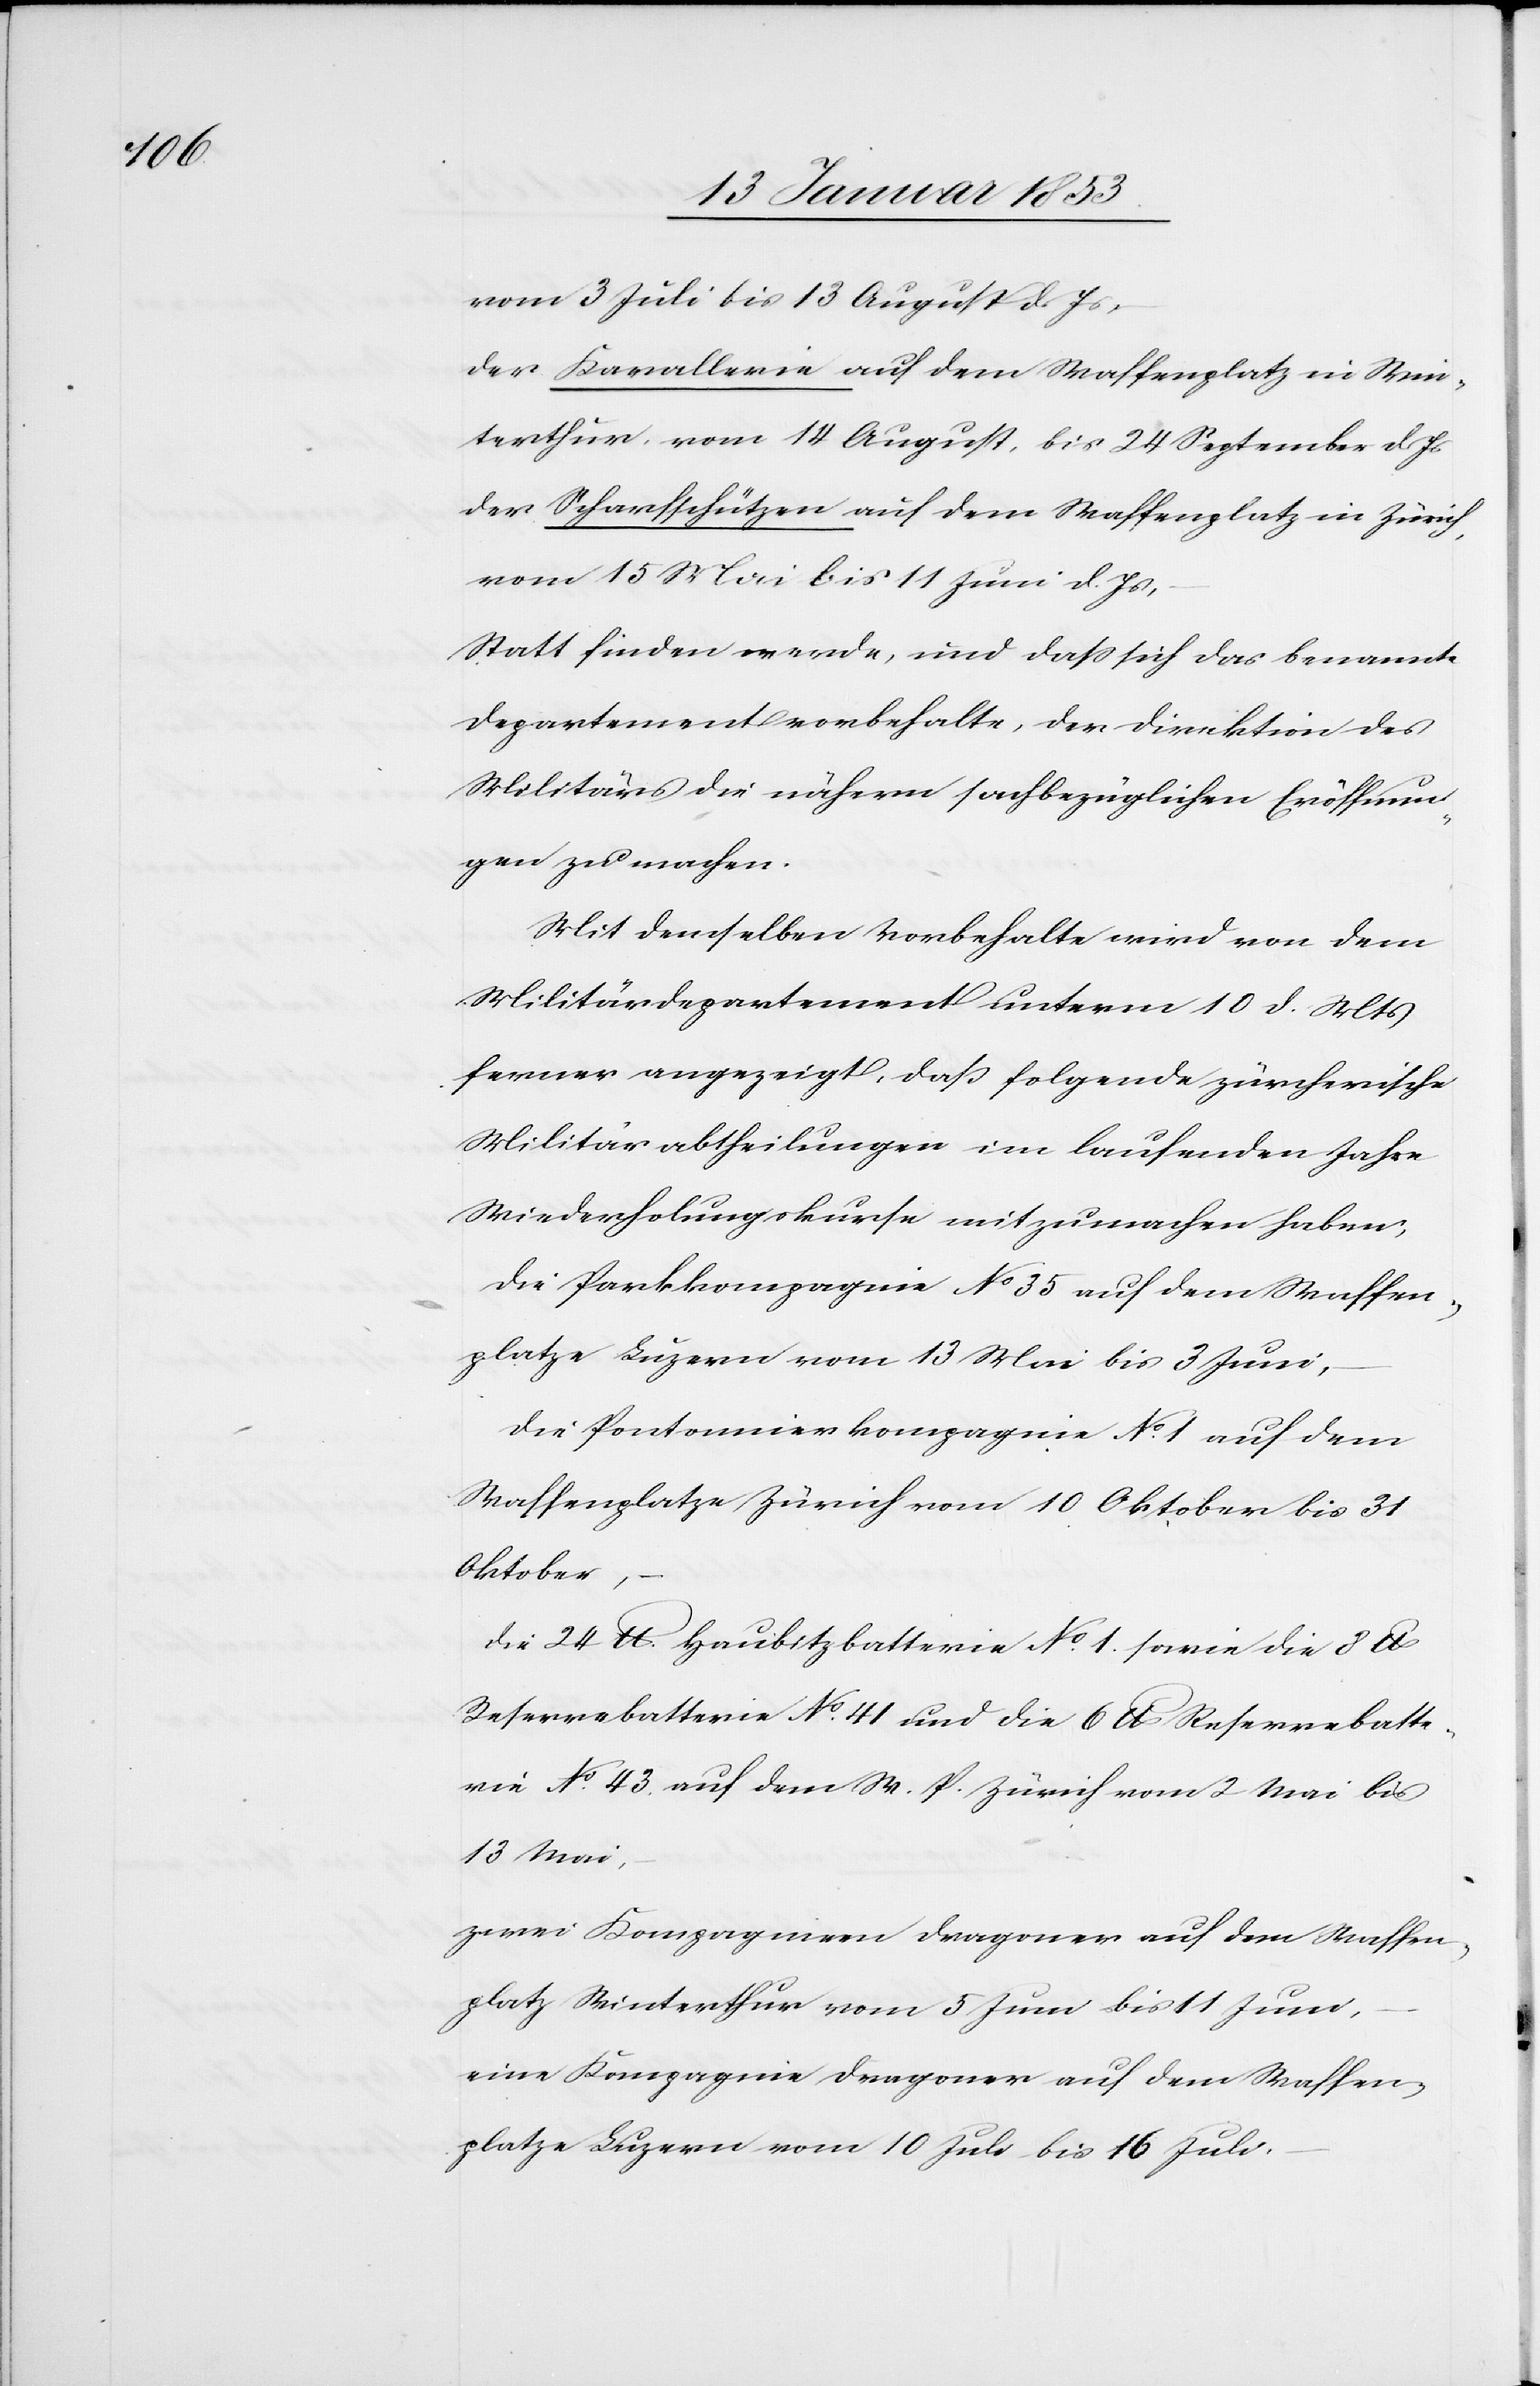
vom 3 Juli bis 13 August d. Js.,
Der Kavallerie auf dem Waffenplatz in Win¬
terthur, vom 14 August bis 24 September d. Js.
der Scharfschützen auf dem Waffenplatz in Zürich,
vom 15 Mai bis 11 Juni d. Js.,
Statt finden werde, und daß sich das benannte
Departement vorbehalte, der Direktion des
Militärs die nähern sachbezüglichen Eröffnun¬
gen zu machen.
Mit demselben Vorbehalte wird von dem
Militärdepartement unterm 10 d. Mts.
ferner angezeigt, daß folgende zürcherische
Militärabtheilungen im laufenden Jahre
Wiederholungskurse mitzumachen haben,
die Parkkompagnie No. 35 auf dem Strassen¬
platze Luzern vom 13 Mai bis 3 Juni,
Die Pontonnierkompagnie No. 1 auf dem
Waffenplatze Zürich vom 10 Oktober bis 31
Oktober,
die 24 lb. Haubitzbatterie No. 1 sowie die 8 lb
Reservebatterie No. 41 und die 6 lb Reservebatte¬
rie No. 43 auf dem W. P. Zürich vom 2 Mai bis
13 Mai,
zwei Kompagnien Dragoner auf dem Waffen¬
platz Winterthur vom 5 Juni bis 11 Juni,
eine Kompagnie Dragoner auf dem Waffen¬
platze Luzern vom 10 Juli bis 16 Juli,